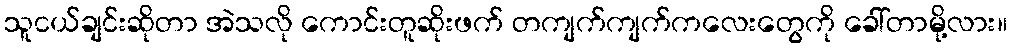
သူငယ်ချင်းဆိုတာ အဲသလို ကောင်းတူဆိုးဖက် တကျက်ကျက်ကလေးတွေကို ခေါ်တာမို့လား။